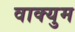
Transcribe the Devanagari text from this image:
वाक्युम